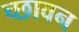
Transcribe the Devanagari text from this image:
च्छावन